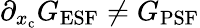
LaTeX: \partial_{x_{\mathrm{c}}}G_{\mathrm{ESF}}\neq G_{\mathrm{PSF}}